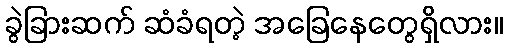
ခွဲခြားဆက် ဆံခံရတဲ့ အခြေနေတွေရှိလား။